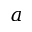
a